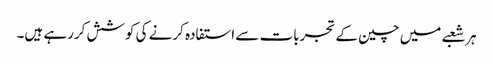
ہر شعبے میں چین کے تجربات سے استفادہ کرنے کی کوشش کررہے ہیں۔